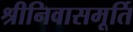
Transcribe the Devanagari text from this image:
श्रीनिवासमूर्ति